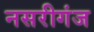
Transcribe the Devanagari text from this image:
नसरीगंज